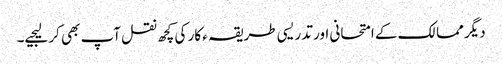
دیگر ممالک کے امتحانی اور تدریسی طریقہ ء کار کی کچھ نقل آپ بھی کر لیجیے۔